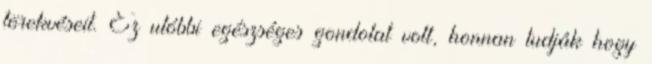
törekvéseit. Ez utóbbi egészséges gondolat volt, honnan tudják hogy